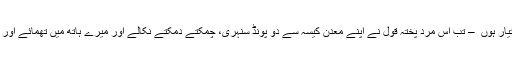
خرچہ پیشگی دینے کو تیار ہوںٰ ٰ – تب اُس مردِ پختہ قول نے اپنے معدنِ کیسہ سے دو پونڈ سنہری، چمکتے دمکتے نکالے اور میرے ہاتھ میں تھمائے اور راستہ میکدے کا دکھایا۔